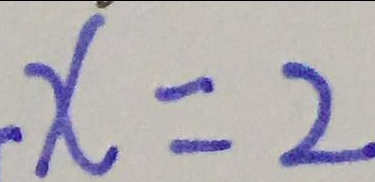
x = 2